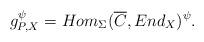
LaTeX: \begin{align*}g_{P,X}^{\psi} = Hom_{\Sigma}(\overline{C},End_X)^{\psi}.\end{align*}